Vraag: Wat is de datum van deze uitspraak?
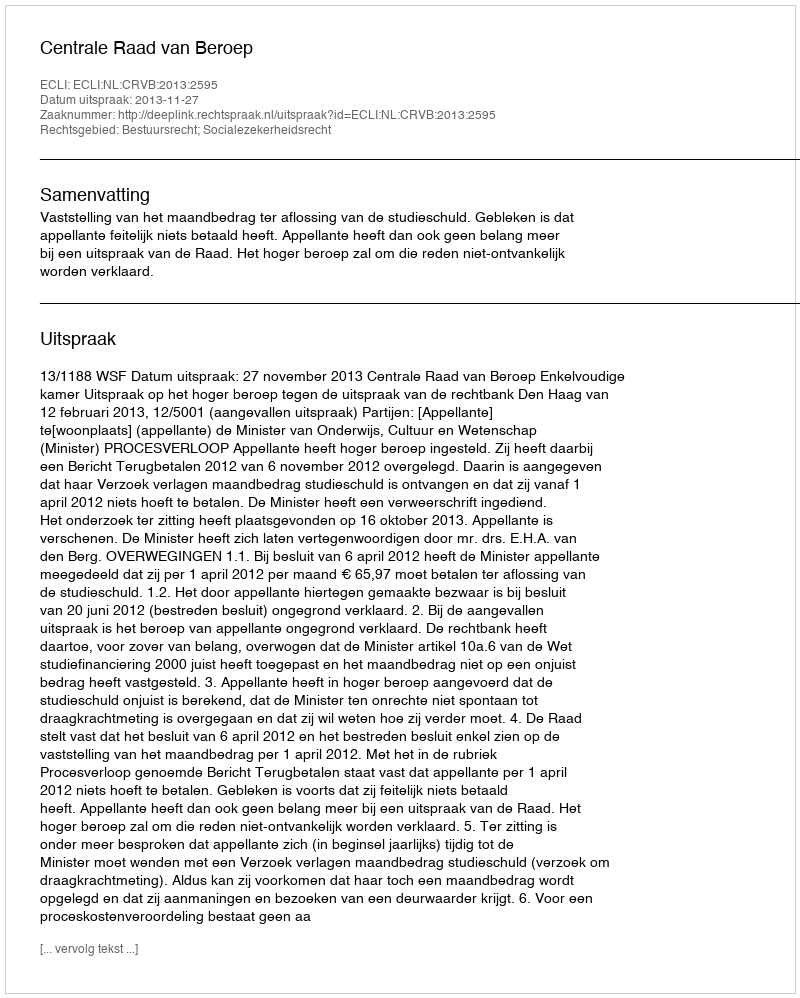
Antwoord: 2013-11-27